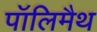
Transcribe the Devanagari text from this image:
पॉलिमैथ